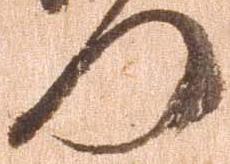
門